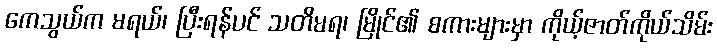
ကေသွယ်က မရယ်၊ ပြီးရန်ပင် သတိမရ၊ မြိုင်၏ စကားများမှာ ကိုယ့်ဇာတ်ကိုယ်သိမ်း